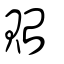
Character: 貽